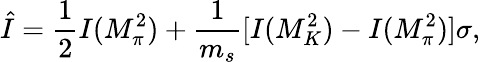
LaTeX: \hat{I}=\frac{1}{2}I(M_{\pi}^{2})+\frac{1}{m_{s}}[I(M_{K}^{2})-I(M_{\pi}^{2})]\sigma,